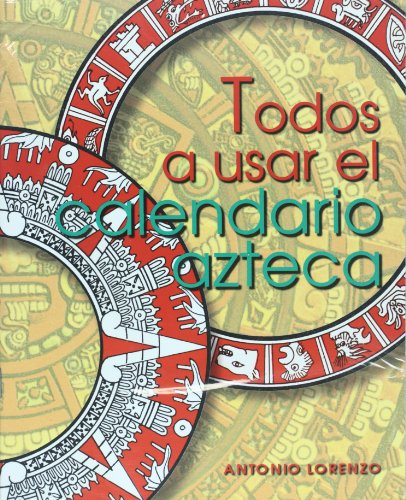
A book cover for Todos a usar el calendario azteca (Spanish Edition); Antonio Lorenzo; History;